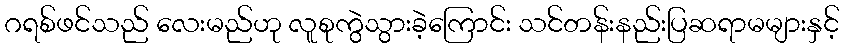
ဂရစ်ဖင်သည် လေးမည်ဟု လူစုကွဲသွားခဲ့ကြောင်း သင်တန်းနည်းပြဆရာမများနှင့်